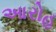
આરોહ